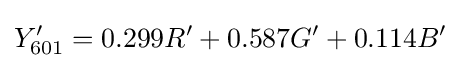
Y'_{\text{601}}=0.299R'+0.587G'+0.114B'